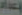
لإعداد